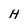
Character: H